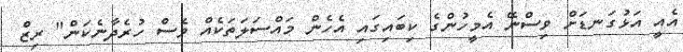
އެއީ އަޅުގަނޑަށް ވިސްނޭ އެމީހުންގެ ކިބައިގައި އެހެން މައްސަލަތަކެއް ވެސް ހުރެދާނެކަން" ރިޒް